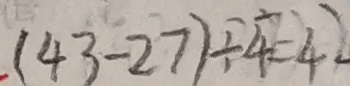
( 4 3 - 2 7 ) \div 4 = 4